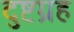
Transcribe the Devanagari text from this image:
दुष्टग्रह